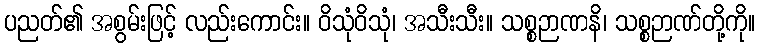
ပညတ်၏ အစွမ်းဖြင့် လည်းကောင်း။ ဝိသုံဝိသုံ၊ အသီးသီး။ သစ္စဉာဏနိ၊ သစ္စဉာဏ်တို့ကို။